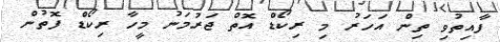
ފާއިތުވި ތިން އަހަރު މި ރިކޯޑް އޮތް ޖަރުމަނު މީހާ ރިކޯޑް ފޮތުން